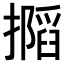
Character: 𢶽